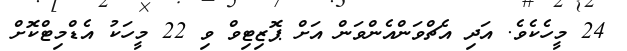
24 މީހެކެވެ. އަދި އެޗްވަންއެންވަން އަށް ޕޮޒިޓިވް ވި 22 މީހަކު އެޑްމިޓްކޮށް